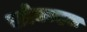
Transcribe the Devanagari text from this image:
एज़ेकाइल